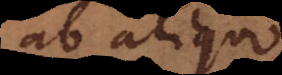
ab aliquo